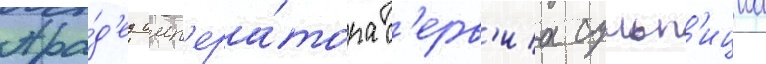
Пра́д'ед имп'ера́тора с'ерв'иа сульп'ициа